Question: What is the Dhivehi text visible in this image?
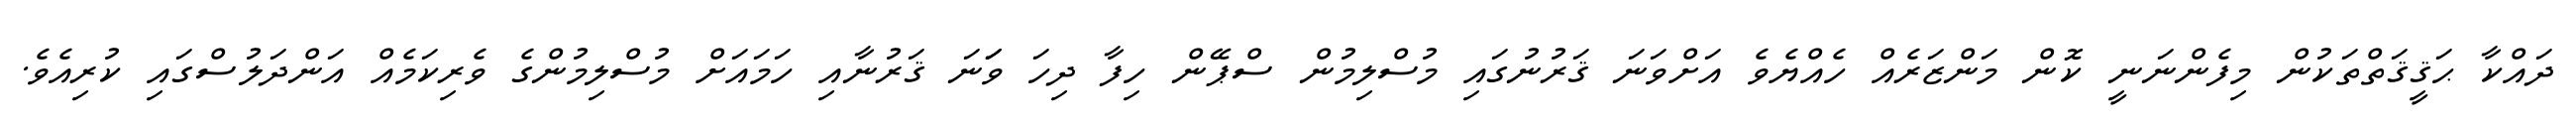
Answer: ދައްކާ ޙަޤީޤަތްތަކުން މިފެންނަނީ ކޮން މަންޒަރެއް ހެއްޔެވެ އަށްވަނަ ޤަރުނުގައި މުސްލިމުން ސްޕޭން ހިފާ ދިހަ ވަަނަ ޤަރުނާއި ހަމައަށް މުސްލިމުންގެ ވެރިކަމެއް އަންދަލުސްގައި ކުރިއެވެ.